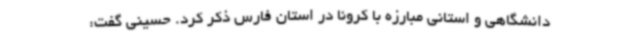
دانشگاهی و استانی مبارزه با کرونا در استان فارس ذکر کرد. حسینی گفت: